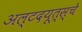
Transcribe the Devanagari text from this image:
अल्टदयूत्स्चे